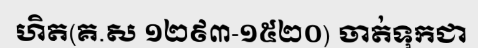
ហិត(គ.ស ១២៩៣-១៥២០) ចាត់ទុកជា